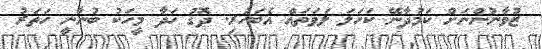
ޒުވާނުންނަށް ކަމުދާނޭ ކަހަލަ ލަވަތައް އެބަހުރި. ދޮގު ހަދާ މީހަކު ބުނާނީ ހަތަރު